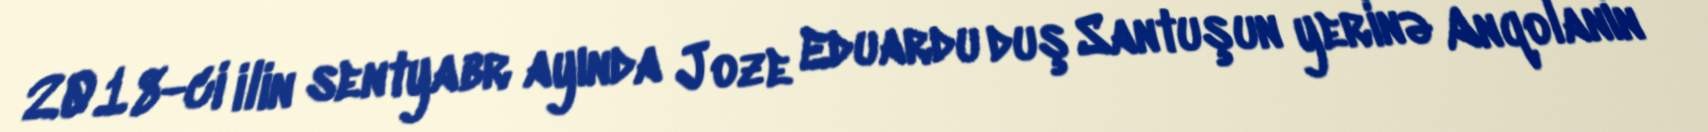
2018-ci ilin sentyabr ayında Joze Eduardu duş Santuşun yerinə Anqolanın